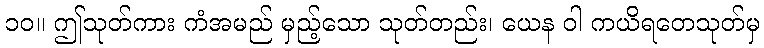
၁၀။ ဤသုတ်ကား ကံအမည် မှည့်သော သုတ်တည်း၊ ယေန ဝါ ကယိရတေသုတ်မှ